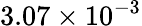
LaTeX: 3.07\times 10^{-3}